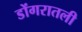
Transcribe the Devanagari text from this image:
डोंगरातली